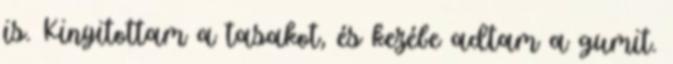
is. Kinyitottam a tasakot, és kezébe adtam a gumit.